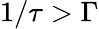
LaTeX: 1/\tau>\Gamma